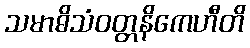
သမာဓိသံဝတ္တနိကေဟီတိ